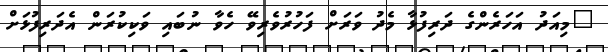
"މިއަދު އަހަރެންގެ ދަރިފުޅާ މެދު ވަރަށް ފަހުރުވެރިވޭ ހެވާ ނުބައި ވަކިކުރަން އެދަރިފުޅަށް